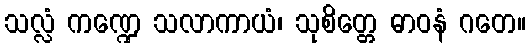
သလ္လံ ကဏ္ဍေ သလာကာယံ၊ သုစိတ္တေ ဓာဝနံ ဂတေ။